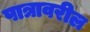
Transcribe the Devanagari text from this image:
पात्रावरील